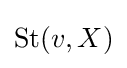
{\textstyle \operatorname {St} (v,X)}